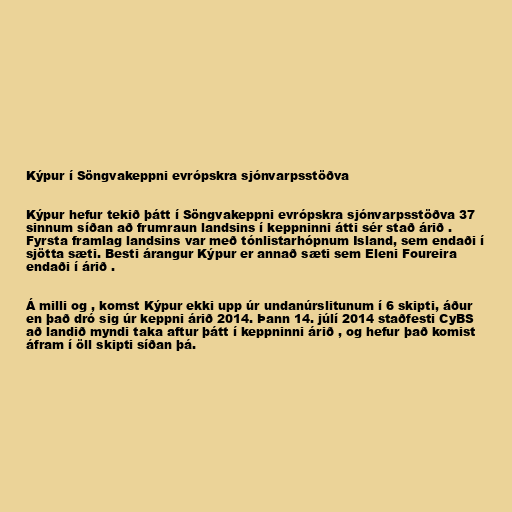
Kýpur í Söngvakeppni evrópskra sjónvarpsstöðva

Kýpur hefur tekið þátt í Söngvakeppni evrópskra sjónvarpsstöðva 37
sinnum síðan að frumraun landsins í keppninni átti sér stað árið .
Fyrsta framlag landsins var með tónlistarhópnum Island, sem endaði í
sjötta sæti. Besti árangur Kýpur er annað sæti sem Eleni Foureira
endaði í árið .

Á milli og , komst Kýpur ekki upp úr undanúrslitunum í 6 skipti, áður
en það dró sig úr keppni árið 2014. Þann 14. júlí 2014 staðfesti CyBS
að landið myndi taka aftur þátt í keppninni árið , og hefur það komist
áfram í öll skipti síðan þá.